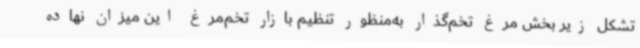
تشکل زیر بخش مرغ تخم‌گذار به‌منظور تنظیم بازار تخم‌مرغ این میزان نهاده